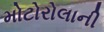
મોટોરોલાની